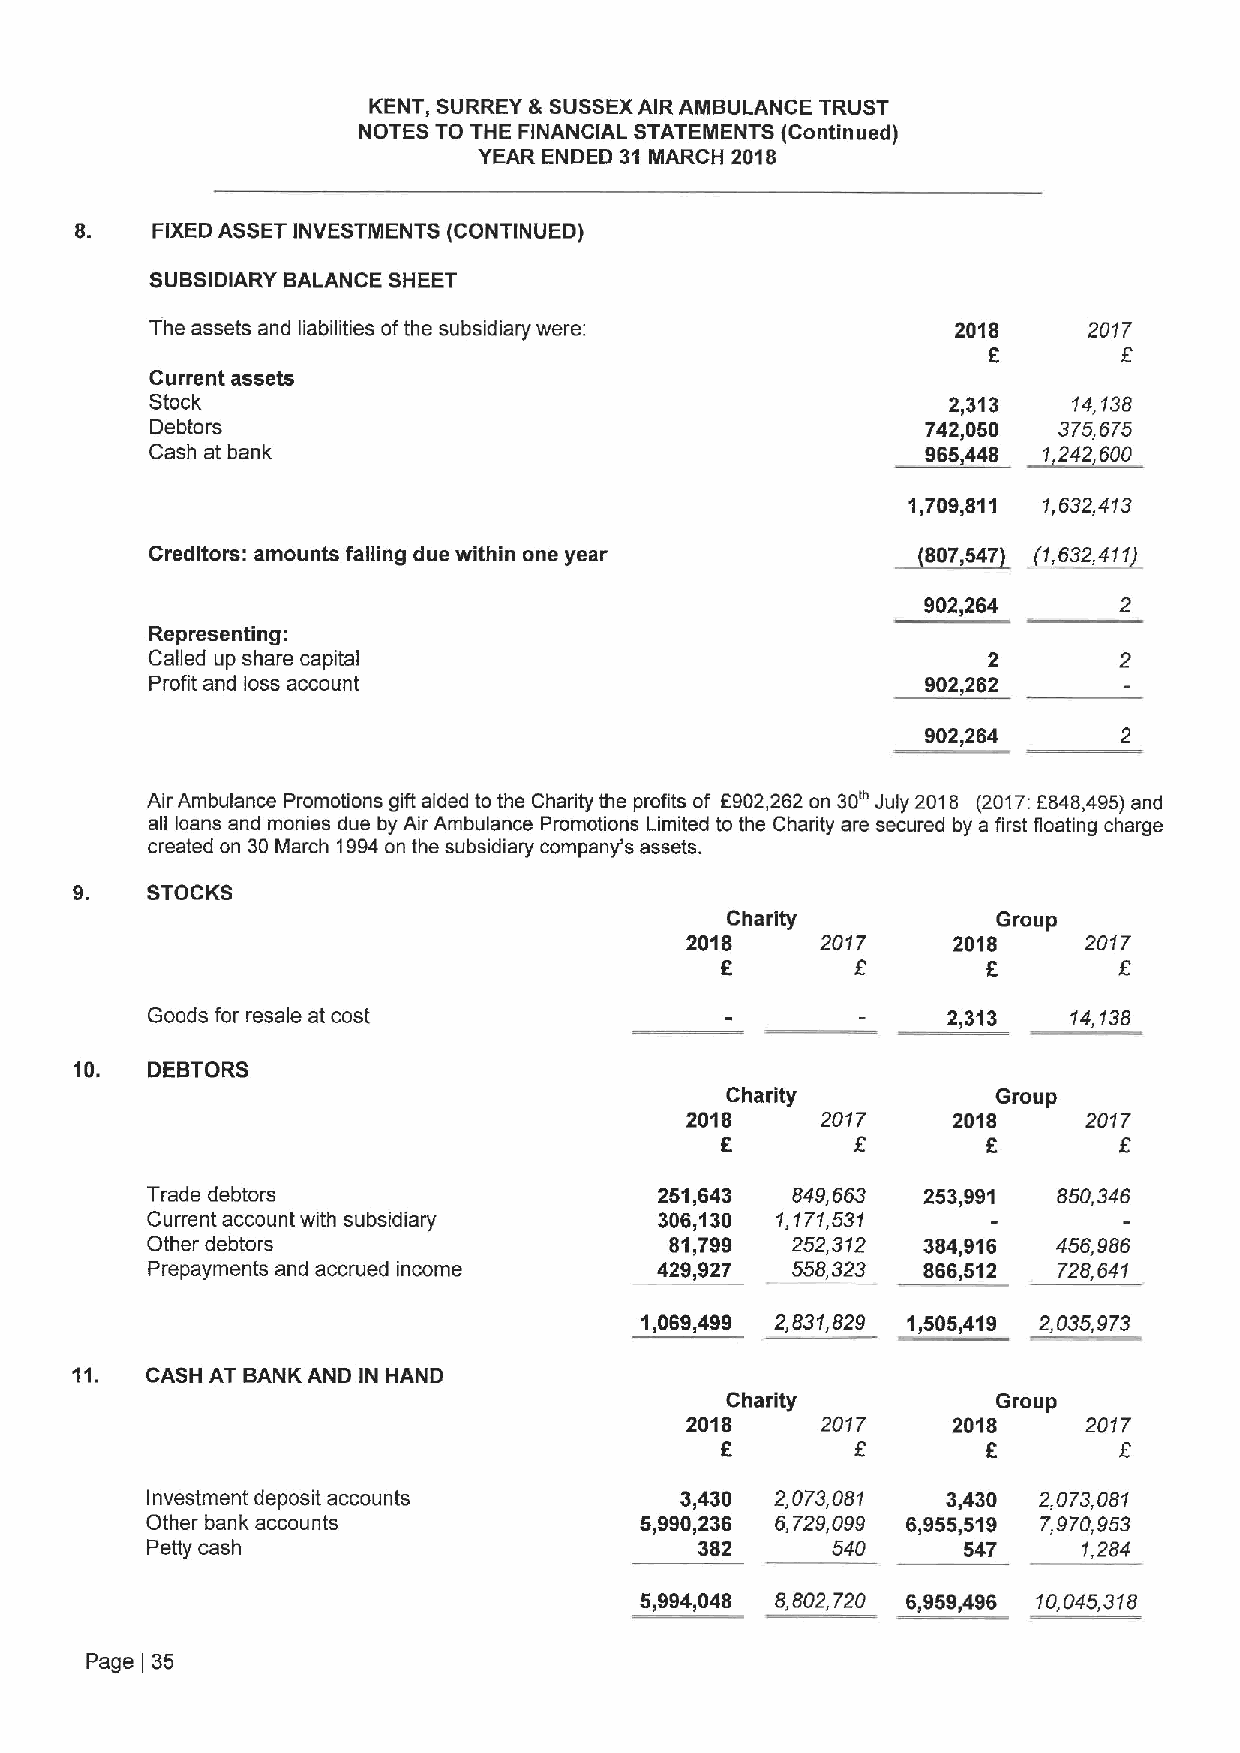
KENT, SURREY &SUSSEXAIR AMBULANCE TRUST
 NOTES TO THE FINANCIAL STATEMENTS (Continued)
 YEAR ENDED 31 MARCH 2018
 FIXEDASSET INVESTMENTS (CONTINUED)
 SUBSIDIARY BALANCE SHEET
 The assets and liabilities ofthe subsidiary were:    2018     2017
 6
 Current assets
 Stock                                                2,313   14,f38
 Debtors                                            742,050  375,575
 Cash at bank                                       965,448 1,242,600
 1,709,811 1,632,4f3
 Creditors: amounts falling due within one year   ~807647 , ~(1,632,4t1
 902,264      2
 Representing:
 Called up share capital                                2
 Profit and loss account                            902,262
 902,264      2
 Air Ambulance Promotions gift aided to the Charity the profits of 6902,262 on 30e July 2018 (2017:5848,495)and
 all loans and monies due by Air Ambulance Promotions Limited to the Charity are secured by a first floating charge
 created on 30March 1994on the subsidiary company's assets.
 STOCKS
 Charity           Group
 2018     2017     2018     2017
 6        8                5
 Goods for resale at cost                             2 313   14,f38
 10.  DEBTORS
 Charity           Group
 2018     2017     2018     2017
 6                5        5
 Trade debtors                     251,643 849,653  253,991  850,346
 Current account with subsidiary   306,130 1,f71,531
 Other debtors                     81,799  252,312  384,916  456,986
 Prepayments and accrued income   429,927  558,323  866,512  728,64f
 1,069,499 2,831,829 1,505,419 2,035,973
 11.  CASH AT BANK AND IN HAND
 Charity           Group
 2018     2017     2018     2017
 6        5       6
 Investment deposit accounts        3,430 2,073,081   3,430 2,073,081
 Other bank accounts             5,990,236 6,729,099 6„9555,19 7,970,953
 Petty cash                          382      540      547     f,284
 5,994,048 8,802,720 6,959,496 10,045,318
 Page 35
 I